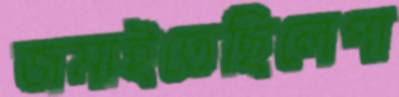
জমাইতেছিলেপা